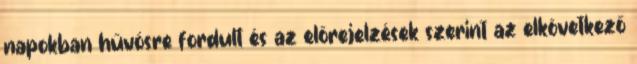
napokban hűvösre fordult és az előrejelzések szerint az elkövetkező